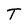
Character: T